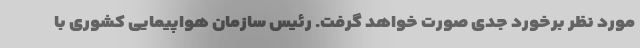
مورد نظر برخورد جدی صورت خواهد گرفت. رئیس سازمان هواپیمایی کشوری با